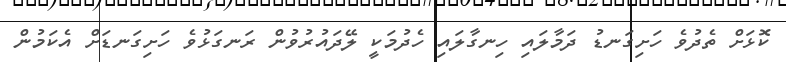
ކޮޅަށް ތެދުވެ ހަށިގަނޑު ދަމާލައި ހިނގާލައި ހެދުމަކީ ލޭދައުރުވުން ރަނގަޅުވެ ހަށިގަނޑަށް އެކަމުން